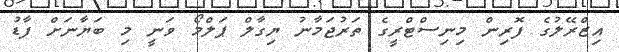
އިޒްރޭލުގެ ފޮރިން މިނިސްޓްރީގެ ތަރުޖަމާނު ޔިގާލް ޕަލްމޯ ވަނީ މި ބަޔާނަށް ފާޑު